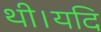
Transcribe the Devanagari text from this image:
थी।यदि